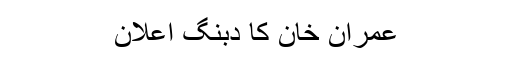
عمران خان کا دبنگ اعلان